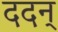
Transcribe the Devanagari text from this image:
ददन्